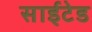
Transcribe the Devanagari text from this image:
साईटेड